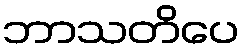
ဘာသတိပေ